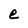
Character: e